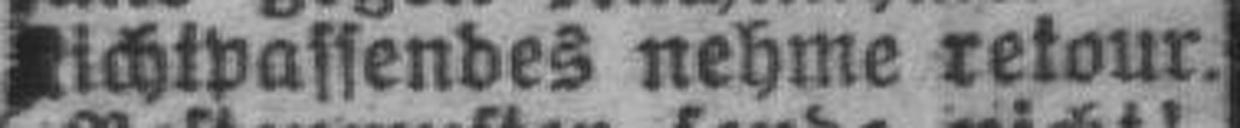
Richtpassendes nehme retour.